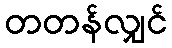
တတန်လျှင်